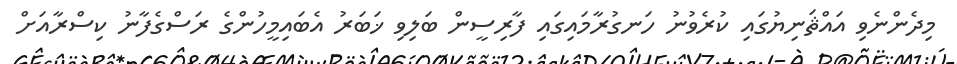
މިދެންނެވި އައްޘަނިޔުގައި ކުރެވުނު ހަނގުރާމައިގައި ފާރިސީން ބަލިވި ޚަބަރު އެބައިމީހުންގެ ރަސްގެފާނު ކިސްރާއަށް